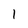
Character: 1